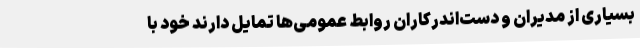
بسیاری از مدیران و دست‌اندرکاران روابط عمومی‌ها تمایل دارند خود با